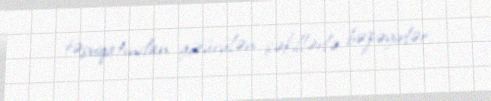
təşviqatından götürülən şəkillərlə bəzəyirlər.